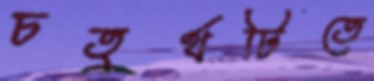
চতুর্থটিতে